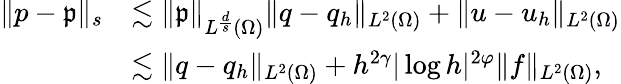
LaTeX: \begin{array}{rl}{\| p-\mathfrak{p}\| _{s}}&{\lesssim\| \mathfrak{p}\| _{L^{\frac{d}{s}}(\Omega)}\| q-q_{h}\| _{L^{2}(\Omega)}+\| u-u_{h}\| _{L^{2}(\Omega)}}\\ &{\lesssim\| q-q_{h}\| _{L^{2}(\Omega)}+h^{2\gamma}|\log h|^{2\varphi}\| f\| _{L^{2}(\Omega)},}\end{array}